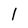
Character: 1